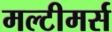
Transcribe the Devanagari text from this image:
मल्टीमर्स